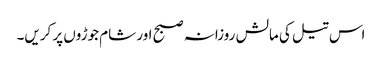
اس تیل کی مالش روزانہ صبح اور شام جوڑوں پر کریں۔